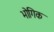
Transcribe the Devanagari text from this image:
भोगिक